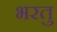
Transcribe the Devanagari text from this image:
भरतु